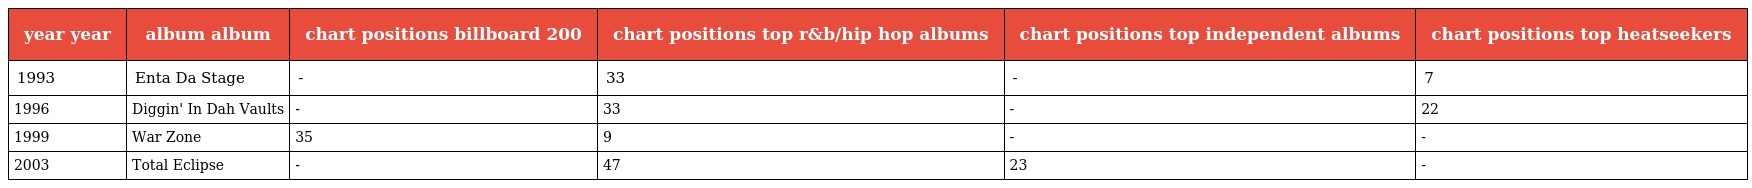
| year year | album album | chart positions billboard 200 | chart positions top r&b/hip hop albums | chart positions top independent albums | chart positions top heatseekers |
 | --- | --- | --- | --- | --- | --- |
 | 1993 | Enta Da Stage | - | 33 | - | 7 |
 | 1996 | Diggin' In Dah Vaults | - | 33 | - | 22 |
 | 1999 | War Zone | 35 | 9 | - | - |
 | 2003 | Total Eclipse | - | 47 | 23 | - |